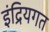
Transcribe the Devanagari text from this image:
इंद्रियगत